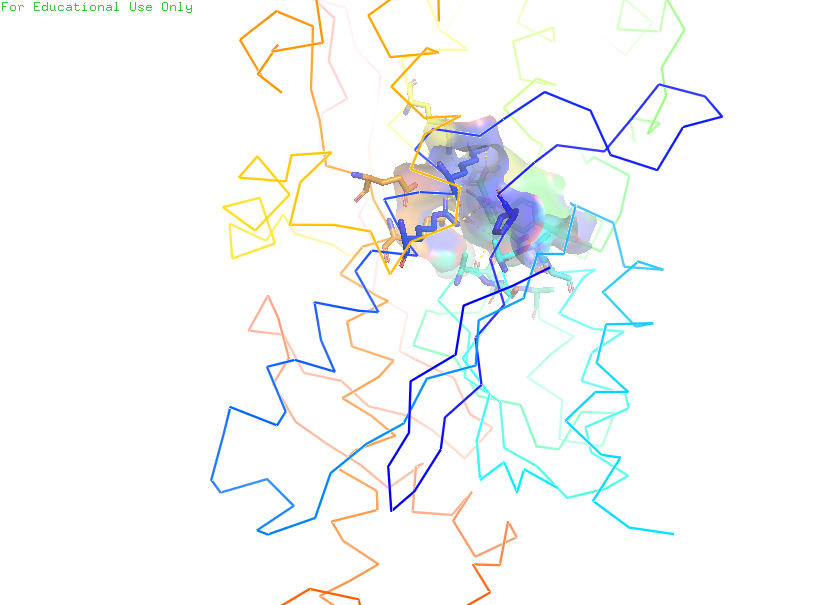
pymol, preset, ligand_sites_trans